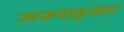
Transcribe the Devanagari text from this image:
स्परूपानुसार